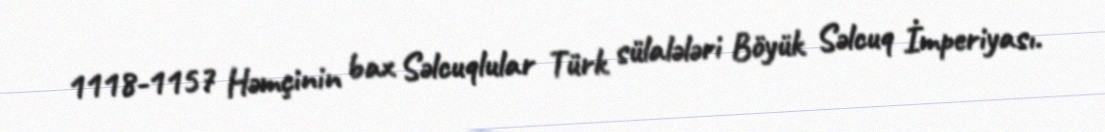
1118-1157 Həmçinin bax Səlcuqlular Türk sülalələri Böyük Səlcuq İmperiyası.